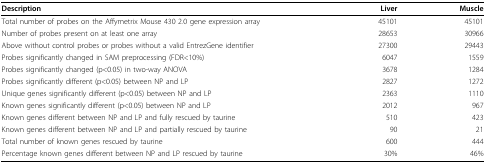
<table><thead><tr><td><b>Description</b></td><td><b>Liver</b></td><td><b>Muscle</b></td></tr></thead><tbody><tr><td>Total number of probes on the Affymetrix Mouse 430 2.0 gene expression array</td><td>45101</td><td>45101</td></tr><tr><td>Number of probes present on at least one array</td><td>28653</td><td>30966</td></tr><tr><td>Above without control probes or probes without a valid EntrezGene identifier</td><td>27300</td><td>29443</td></tr><tr><td>Probes significantly changed in SAM preprocessing (FDR&lt;10%)</td><td>6047</td><td>1559</td></tr><tr><td>Probes significantly changed (p&lt;0.05) in two-way ANOVA</td><td>3678</td><td>1284</td></tr><tr><td>Probes significantly different (p&lt;0.05) between NP and LP</td><td>2827</td><td>1272</td></tr><tr><td>Unique genes significantly different (p&lt;0.05) between NP and LP</td><td>2363</td><td>1110</td></tr><tr><td>Known genes significantly different (p&lt;0.05) between NP and LP</td><td>2012</td><td>967</td></tr><tr><td>Known genes different between NP and LP and fully rescued by taurine</td><td>510</td><td>423</td></tr><tr><td>Known genes different between NP and LP and partially rescued by taurine</td><td>90</td><td>21</td></tr><tr><td>Total number of known genes rescued by taurine</td><td>600</td><td>444</td></tr><tr><td>Percentage known genes different between NP and LP rescued by taurine</td><td>30%</td><td>46%</td></tr></tbody></table>